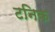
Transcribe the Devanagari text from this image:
टनिक